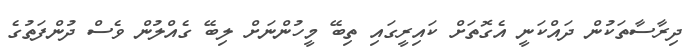
ދިރާސާތަކުން ދައްކަނީ އެގޮތަށް ކައިރީގައި ތިބޭ މީހުންނަށް ލިބޭ ގެއްލުން ވެސް ދުންފަތުގެ